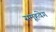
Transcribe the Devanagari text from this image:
समूहवेग